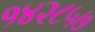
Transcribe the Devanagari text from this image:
१४२८५७